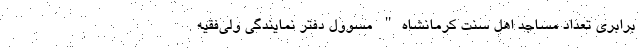
برابری تعداد مساجد اهل سنت کرمانشاه" مسوول دفتر نمایندگی ولی‌فقیه